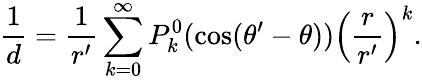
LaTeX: {\frac{1}{d}}={\frac{1}{r^{\prime}}}\sum_{k=0}^{\infty}P_{k}^{0}(\cos(\theta^{\prime}-\theta))\left({\frac{r}{r^{\prime}}}\right)^{k}.